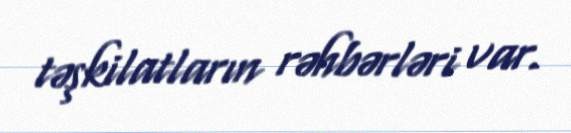
təşkilatların rəhbərləri var.